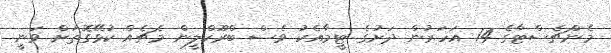
މެންޗެސްޓާގެ 14 އަހަރުން ދަށުގެ ޓީމާއެކު ވެސް ބްރޫކްލީން މެޗެއް ކުޅޭގޮތަށް ވަނީ